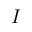
I